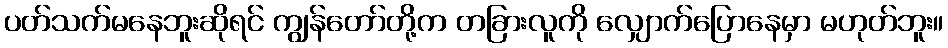
ပတ်သက်မနေဘူးဆိုရင် ကျွန်တော်တို့က တခြားလူကို လျှောက်ပြောနေမှာ မဟုတ်ဘူး။